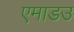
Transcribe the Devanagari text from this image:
एमाडउ